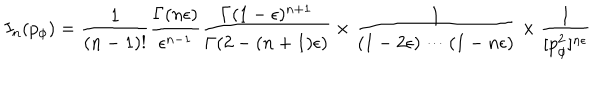
I _ { n } ( p _ { \phi } ) = { \frac { 1 } { ( n - 1 ) ! } } { \frac { \Gamma ( n \epsilon ) } { \epsilon ^ { n - 1 } } } { \frac { \Gamma ( 1 - \epsilon ) ^ { n + 1 } } { \Gamma ( 2 - ( n + 1 ) \epsilon ) } } \times { \frac { 1 } { ( 1 - 2 \epsilon ) \cdots ( 1 - n \epsilon ) } } \times { \frac { 1 } { [ p _ { \phi } ^ { 2 } ] ^ { n \epsilon } } }